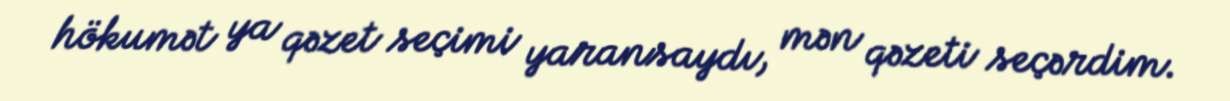
hökumət ya qəzet seçimi yaransaydı, mən qəzeti seçərdim.